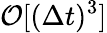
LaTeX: {\cal O}[(\Delta t)^{3}]